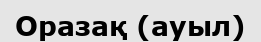
Оразақ (ауыл)